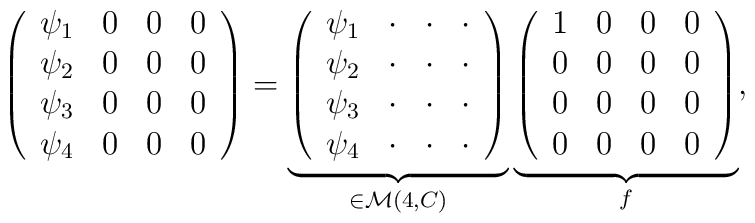
\left( \begin{array}{cccc}                \psi_1 & 0 & 0 & 0 \\                \psi_2 & 0 & 0 & 0 \\                \psi_3 & 0 & 0 & 0 \\                \psi_4 & 0 & 0 & 0              \end{array}  \right) =\underbrace{\left( \begin{array}{cccc}                \psi_1 & \cdot & \cdot & \cdot \\                \psi_2 & \cdot & \cdot & \cdot \\                \psi_3 & \cdot & \cdot & \cdot \\                \psi_4 & \cdot & \cdot & \cdot              \end{array}  \right) }_{\in {\cal M}(4,{\sl C})}\underbrace{\left( \begin{array}{cccc}                1 & 0 & 0 & 0 \\                0 & 0 & 0 & 0 \\                0 & 0 & 0 & 0 \\                0 & 0 & 0 & 0              \end{array}  \right)}_{f} ,